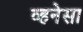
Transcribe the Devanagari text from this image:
व्हनेसा